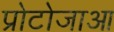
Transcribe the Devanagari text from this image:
प्रोटोजाआ